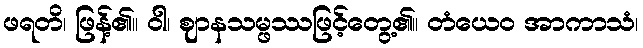
ဖရတိ၊ ဖြန့်၏။ ဝါ၊ ဈာနသမ္ဖဿဖြင့်တွေ့၏။ တံယေဝ အာကာသံ၊